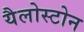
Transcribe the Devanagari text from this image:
यैलोस्टोन